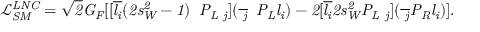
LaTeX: \- \it { \mathcal { L } } _ { S M } ^ { L N C } = \sqrt { 2 } G _ { F } [ [ \overline { { { l _ { i } } } } ( 2 s _ { W } ^ { 2 } - 1 ) \gamma _ { \mu } P _ { L } \nu _ { j } ] ( \overline { { { \nu _ { j } } } } \gamma ^ { \mu } P _ { L } l _ { i } ) - 2 [ \overline { { { l _ { i } } } } 2 s _ { W } ^ { 2 } P _ { L } \nu _ { j } ] ( \overline { { { \nu _ { j } } } } P _ { R } l _ { i } ) ] .